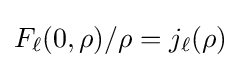
F_{\ell }(0,\rho )/\rho =j_{\ell }(\rho )